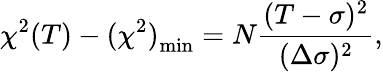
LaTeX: \chi^{2}(T)-{(\chi^{2})}_{\mathrm{min}}=N\frac{(T-\sigma)^{2}}{(\Delta\sigma)^{2}},